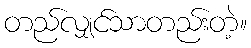
တည်လျှင်သာတည်းတဲ့။